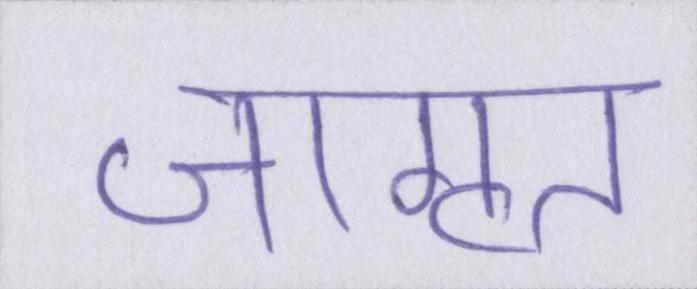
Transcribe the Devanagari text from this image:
जागृत